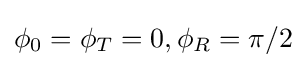
\phi _{0}=\phi _{T}=0,\phi _{R}=\pi /2